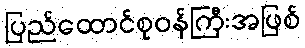
ပြည်ထောင်စုဝန်ကြီးအဖြစ်